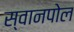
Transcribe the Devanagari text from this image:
स्वानपोल